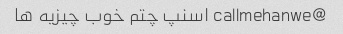
@callmehanwe اسنپ چتم خوب چیزیه ها